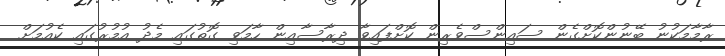
ރާމާމަކުނު ބޭނުންކޮށްގެން ސައިންސްވެރިން ކޮށްފައިވާ ދިރާސާއިން ހާމަވި ގޮތުގައި މެދު އުމުރުގައި ކެއުމަށް